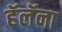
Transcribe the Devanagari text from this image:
हॅलॅना